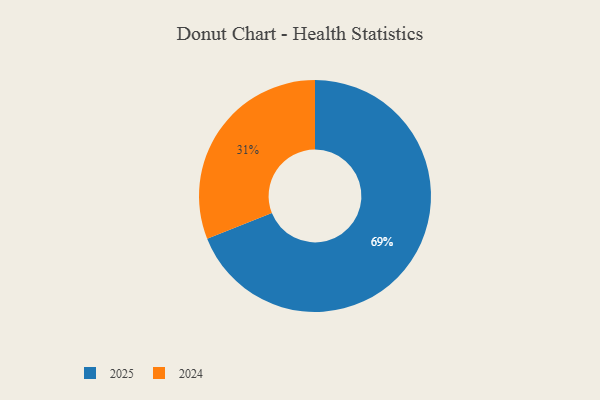
{"axis": {"x": "Category", "y": "Percentage"}, "legend": ["2024", "2025"], "data": [{"x": "2025", "y": 69, "type": "2025"}, {"x": "2024", "y": 31, "type": "2024"}]}